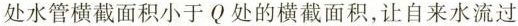
处水管横截面积小于Q处的横截面积，让自来水流过